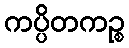
ကပ္ပိတကဉ္စ